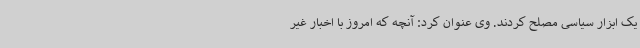
یک ابزار سیاسی مصلح کردند. وی عنوان کرد: آنچه که امروز با اخبار غیر